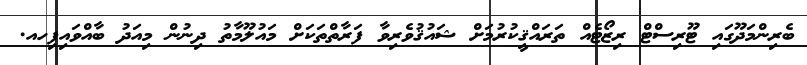
ބެރިންމަދޫގައި ޓޫރިސްޓް ރިޒޯޓެއް ތަރައްޤީކުރުމަށް ޝައުޤުވެރިވާ ފަރާތްތަކަށް މައުލޫމާތު ދިނުން މިއަދު ބާއްވައިފިހއ.